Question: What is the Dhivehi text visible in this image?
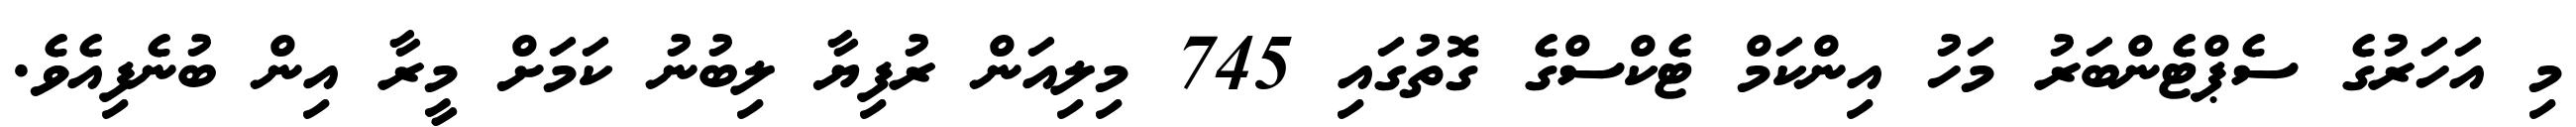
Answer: މި އަހަރުގެ ސެޕްޓެންބަރު މަހު އިންކަމް ޓެކްސްގެ ގޮތުގައި 745 މިލިއަން ރުފިޔާ ލިބުނު ކަމަށް މީރާ އިން ބުނެފިއެވެ.